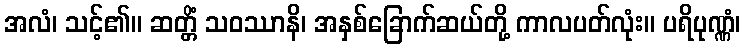
အလံ၊ သင့်၏။ ဆတ္တိံ သဝဿာနိ၊ အနှစ်ခြောက်ဆယ်တို့ ကာလပတ်လုံး။ ပရိပုဏ္ဏံ၊